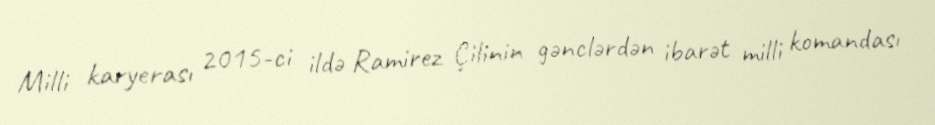
Milli karyerası 2015-ci ildə Ramirez Çilinin gənclərdən ibarət milli komandası